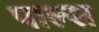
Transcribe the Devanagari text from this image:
पाल्स